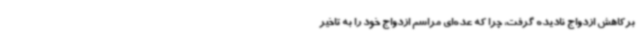
برکاهش ازدواج نادیده گرفت، چرا که عده‌ای مراسم ازدواج خود را به تاخیر